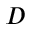
D